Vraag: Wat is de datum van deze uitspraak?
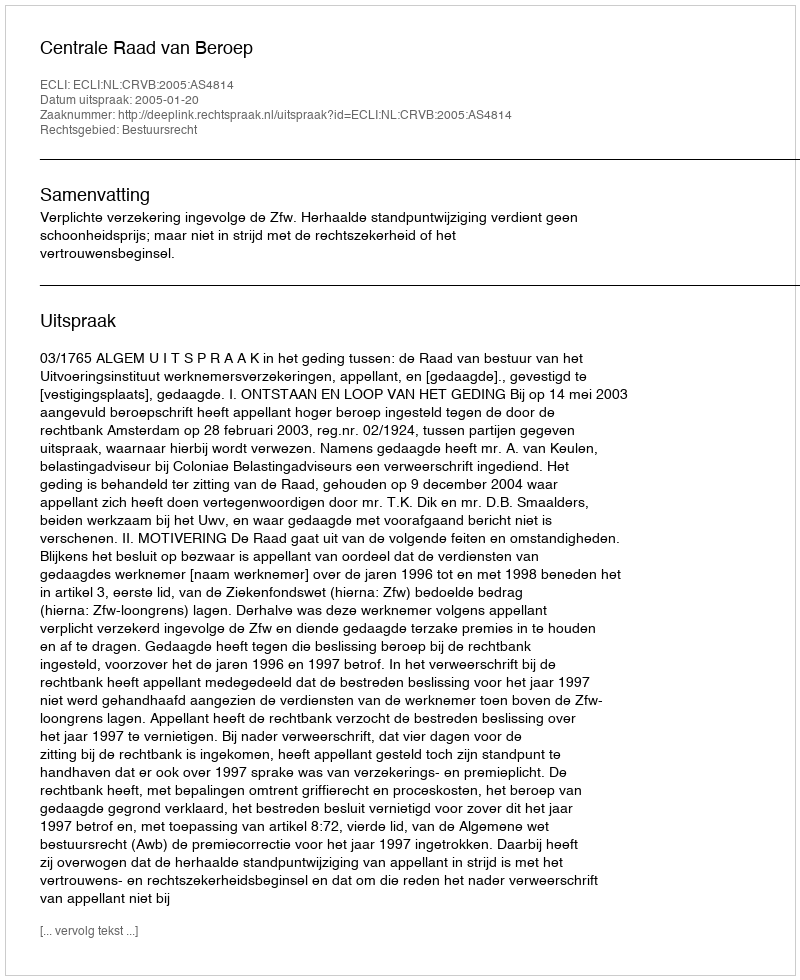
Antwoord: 2005-01-20